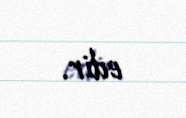
edir.